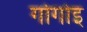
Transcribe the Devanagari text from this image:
गोगोइ